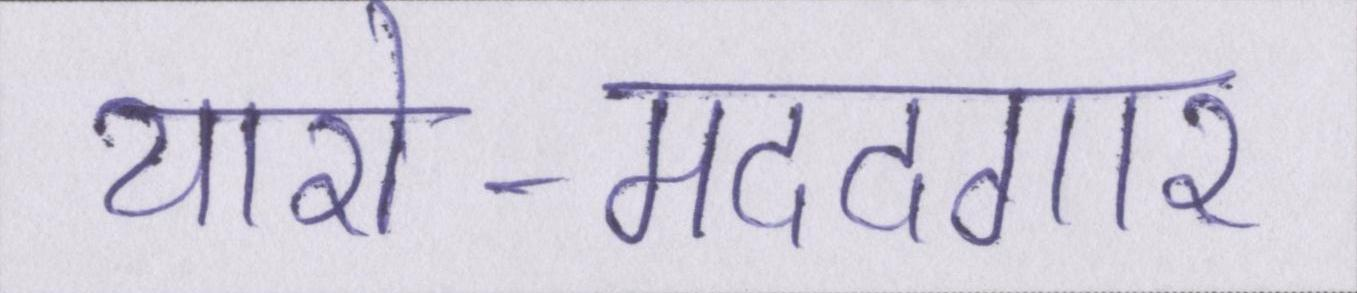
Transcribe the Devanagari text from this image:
यारो-मददगार